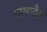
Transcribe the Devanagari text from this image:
पाणम्हैस